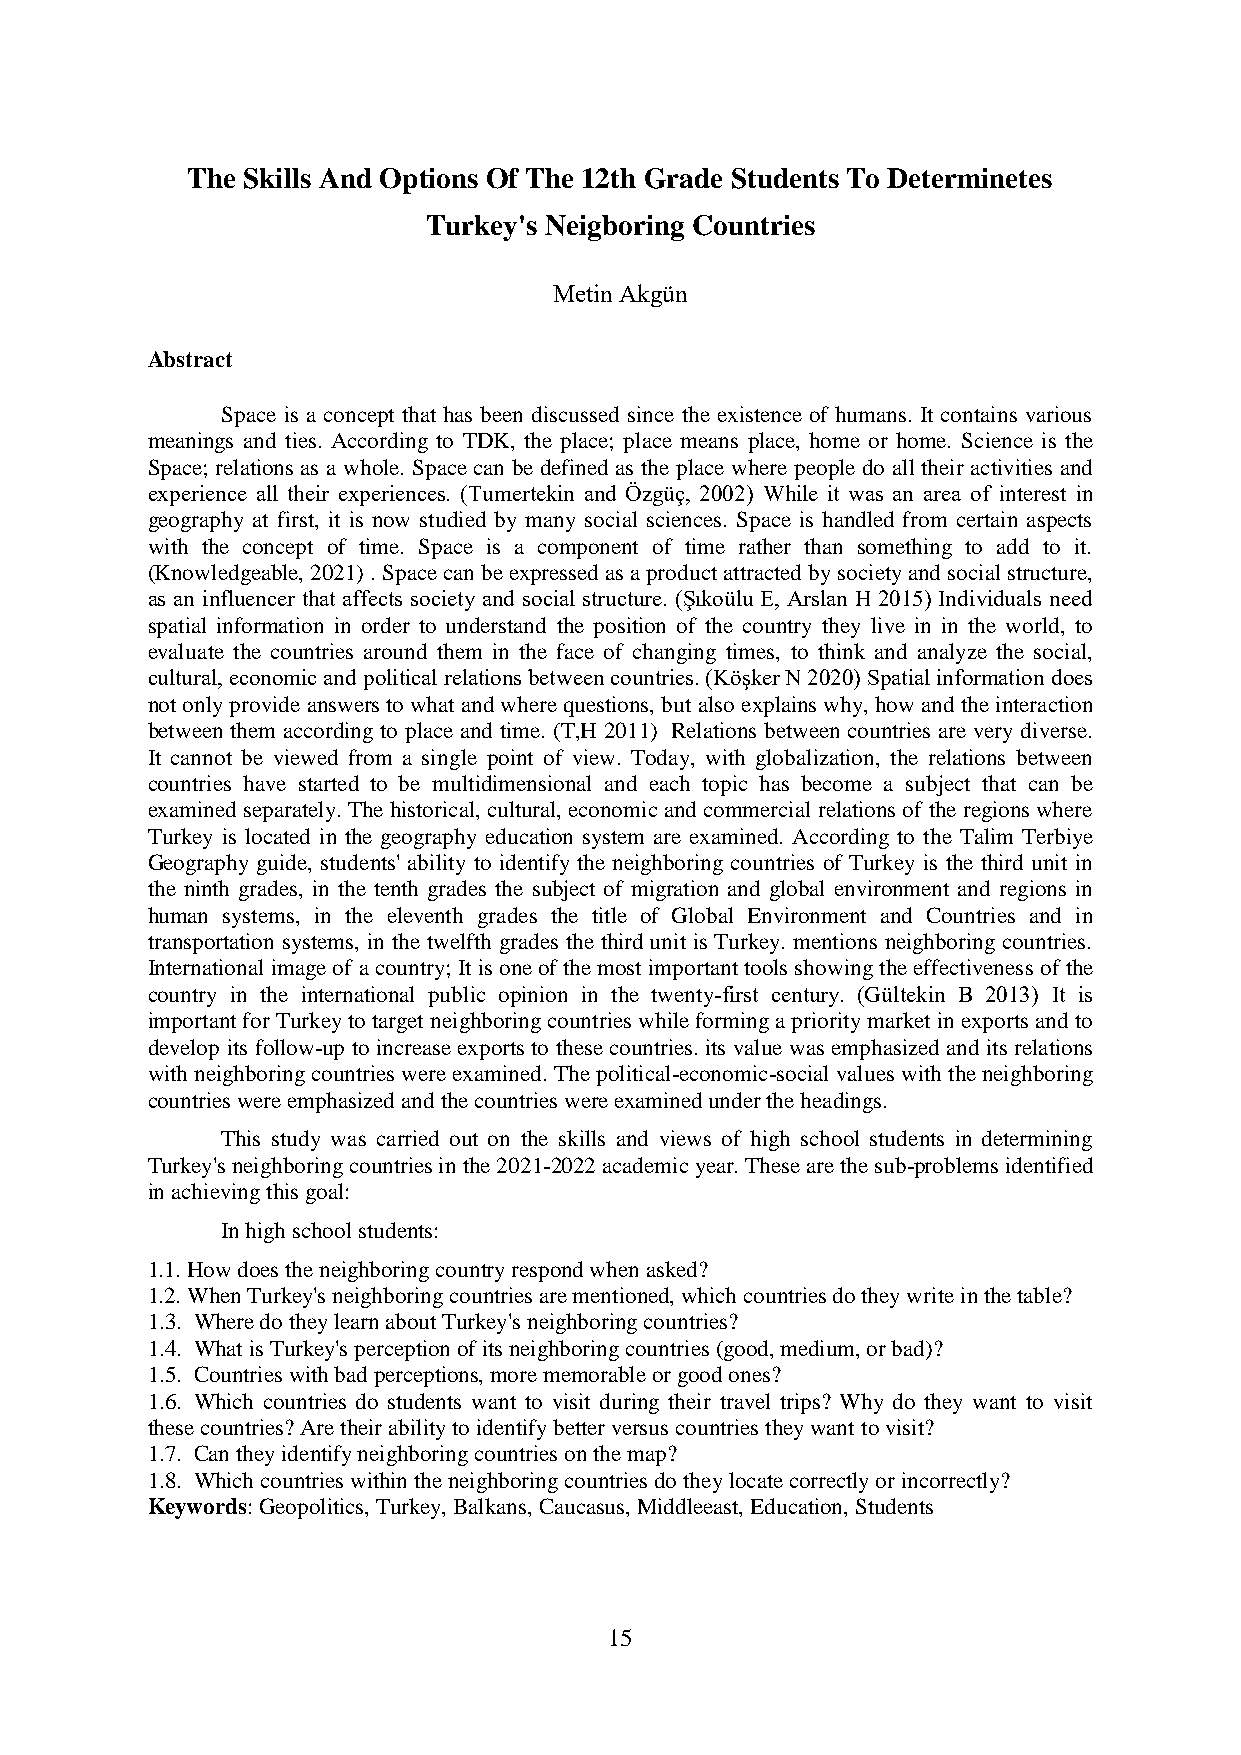
The Skills And Options Of The 12th Grade Students To Determinetes
 Turkey's Neigboring Countries
 Metin Akgün
 Abstract
 Space is a concept that has been discussed since the existence of humans. It contains various
 meanings and ties. According to TDK, the place; place means place, home or home. Science is the
 Space; relations as a whole. Space can be defined as the place where people do all their activities and
 experience all their experiences. (Tumertekin and Özgüç, 2002) While it was an area of interest in
 geography at first, it is now studied by many social sciences. Space is handled from certain aspects
 with the concept of time. Space is a component of time rather than something to add to it.
 (Knowledgeable, 2021) . Space can be expressed as a product attracted by society and social structure,
 as an influencer that affects society and social structure. (Şıkoülu E, Arslan H 2015) Individuals need
 spatial information in order to understand the position of the country they live in in the world, to
 evaluate the countries around them in the face of changing times, to think and analyze the social,
 cultural, economic and political relations between countries. (Köşker N 2020) Spatial information does
 not only provide answers to what and where questions, but also explains why, how and the interaction
 between them according to place and time. (T,H 2011) Relations between countries are very diverse.
 It cannot be viewed from a single point of view. Today, with globalization, the relations between
 countries have started to be multidimensional and each topic has become a subject that can be
 examined separately. The historical, cultural, economic and commercial relations of the regions where
 Turkey is located in the geography education system are examined. According to the Talim Terbiye
 Geography guide, students' ability to identify the neighboring countries of Turkey is the third unit in
 the ninth grades, in the tenth grades the subject of migration and global environment and regions in
 human systems, in the eleventh grades the title of Global Environment and Countries and in
 transportation systems, in the twelfth grades the third unit is Turkey. mentions neighboring countries.
 International image of a country; It is one of the most important tools showing the effectiveness of the
 country in the international public opinion in the twenty-first century. (Gültekin B 2013) It is
 important for Turkey to target neighboring countries while forming a priority market in exports and to
 develop its follow-up to increase exports to these countries. its value was emphasized and its relations
 with neighboring countries were examined. The political-economic-social values with the neighboring
 countries were emphasized and the countries were examined under the headings.
 This study was carried out on the skills and views of high school students in determining
 Turkey's neighboring countries in the 2021-2022 academic year. These are the sub-problems identified
 in achieving this goal:
 In high school students:
 1.1. How does the neighboring country respond when asked?
 1.2. When Turkey's neighboring countries are mentioned, which countries do they write in the table?
 1.3. Where do they learn about Turkey's neighboring countries?
 1.4. What is Turkey's perception of its neighboring countries (good, medium, or bad)?
 1.5. Countries with bad perceptions, more memorable or good ones?
 1.6. Which countries do students want to visit during their travel trips? Why do they want to visit
 these countries? Are their ability to identify better versus countries they want to visit?
 1.7. Can they identify neighboring countries on the map?
 1.8. Which countries within the neighboring countries do they locate correctly or incorrectly?
 Keywords: Geopolitics, Turkey, Balkans, Caucasus, Middleeast, Education, Students
 15